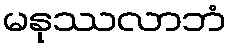
မနုဿလာဘံ